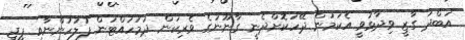
އަބްދު ގާޒީ ވިދާޅުވީ އެކަމުން ދޭހަކޮށްދެނީ ގާނޫނުގެ ވެރިކަން ދަމަހައްޓަން ފުލުހުންނާއި ޕީޖީ